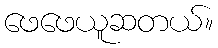
ဖေဖေယူဆတယ်။